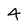
Character: 4